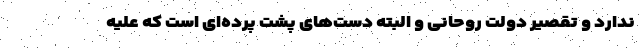
ندارد و تقصیر دولت روحانی و البته دست‌های پشت پرده‌ای است که علیه